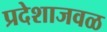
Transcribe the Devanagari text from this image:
प्रदेशाजवळ